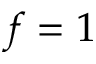
f = 1